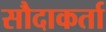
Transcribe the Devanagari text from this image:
सौदाकर्ता